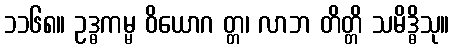
၁၁၆၈။ ဥဒ္ဓကမ္မ ဝိယောဂ တ္တ၊ လာဘ တိတ္တိ သမိဒ္ဓိသု။